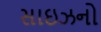
સાઇઝનો